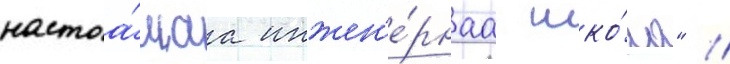
настоа́щаа инжен'е́рнаа шко́ла" //